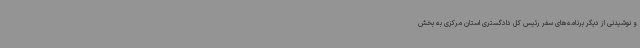
و نوشیدنی از دیگر برنامه‌های سفر رئیس کل دادگستری استان مرکزی به بخش